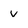
Character: v